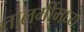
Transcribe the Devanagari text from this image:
तालमींमध्ये